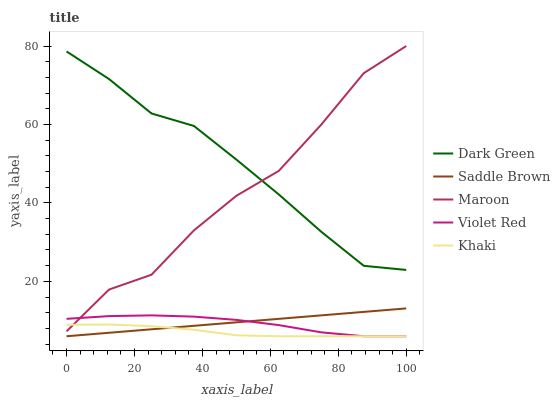
| xaxis_label | Dark Green | Saddle Brown | Maroon | Violet Red | Khaki |
 | --- | --- | --- | --- | --- | --- |
 | 0 | 78.6 | 6 | 7.26 | 10.4 | 8.92 |
 | 12.5 | 71.6 | 6.89 | 17.9 | 11.1 | 8.99 |
 | 25 | 62.8 | 7.77 | 21.7 | 11.3 | 8.57 |
 | 37.5 | 59.6 | 8.66 | 33 | 11 | 7.65 |
 | 50 | 51 | 9.55 | 41.8 | 10.2 | 6.24 |
 | 62.5 | 42.1 | 10.4 | 48.2 | 8.84 | 6 |
 | 75 | 32.6 | 11.3 | 60 | 7 | 6 |
 | 87.5 | 24 | 12.2 | 73.1 | 6 | 6 |
 | 100 | 22.9 | 13.1 | 80 | 6 | 6 |